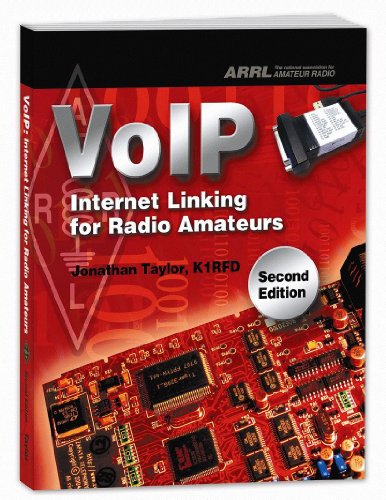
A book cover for VoIP: Internet Linking for Radio Amateurs; Jonathan Taylor; Humor & Entertainment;